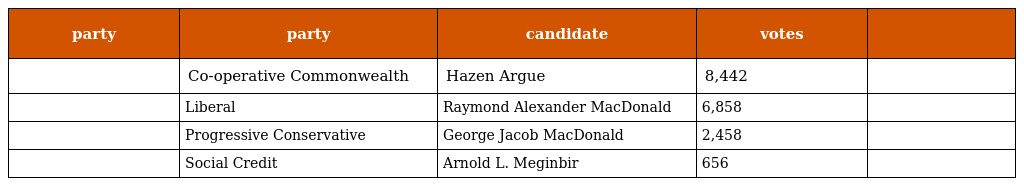
| party | party | candidate | votes |  |
 | --- | --- | --- | --- | --- |
 |  | Co-operative Commonwealth | Hazen Argue | 8,442 |  |
 |  | Liberal | Raymond Alexander MacDonald | 6,858 |  |
 |  | Progressive Conservative | George Jacob MacDonald | 2,458 |  |
 |  | Social Credit | Arnold L. Meginbir | 656 |  |